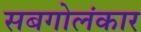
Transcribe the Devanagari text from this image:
सबगोलंकार